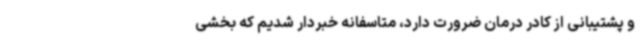
و پشتیبانی از کادر درمان ضرورت دارد، متاسفانه خبردار شدیم که بخشی